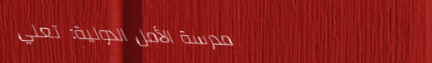
مدرسة الأمل الدولية: تعلي